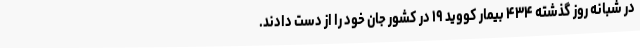
در شبانه روز گذشته ۴۳۴ بیمار کووید ۱۹ در کشور جان خود را از دست دادند.